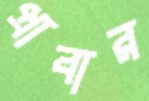
প্রাবার